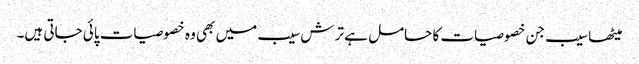
میٹھا سیب جن خصوصیات کا حامل ہے ترش سیب میں بھی وہ خصوصیات پائی جاتی ہیں۔